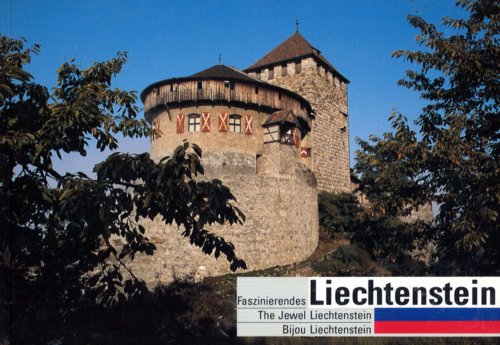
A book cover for The Jewel Liechtenstein; S. Scherrer; Travel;